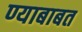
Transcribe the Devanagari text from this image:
ण्याबाबत